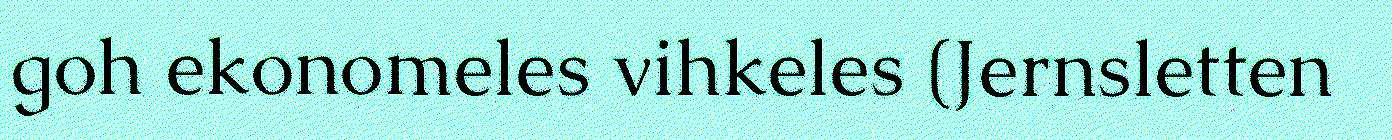
goh ekonomeles vihkeles (Jernsletten